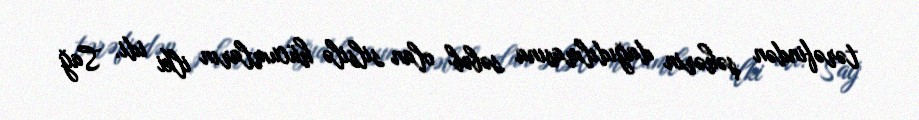
tərəfindən şəhərin dağıdılmasına səbəb olan silsilə hücumların ilki idi. Sağ